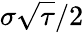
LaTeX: \sigma{\sqrt{\tau}}/2